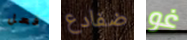
فعل ضفادع غو